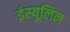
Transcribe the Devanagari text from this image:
इंस्यूलिन